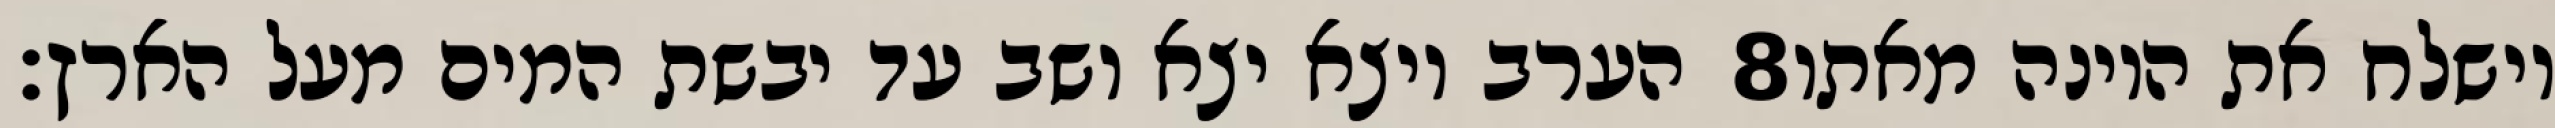
הערב ויצא יצא ושב עד יבשת המים מעל הארץ׃ ‎8‏ וישלח את היונה מאתו